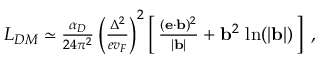
\begin{array} { r } { { \cal L } _ { D M } \simeq \frac { \alpha _ { D } } { 2 4 \pi ^ { 2 } } \left( \frac { \Delta ^ { 2 } } { e v _ { F } } \right) ^ { 2 } \left[ \, \frac { ( { \bf e } \cdot { \bf b } ) ^ { 2 } } { | { \bf b } | } + { \bf b } ^ { 2 } \, \ln ( | { \bf b } | ) \, \right] \; , } \end{array}